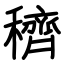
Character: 穧